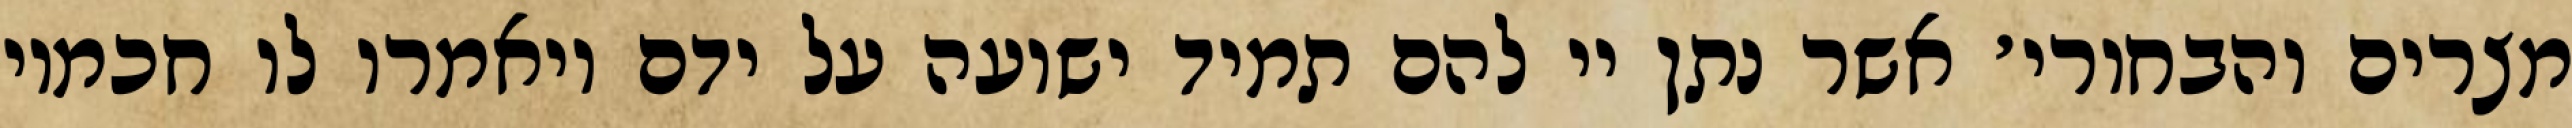
מצרים והבחורי׳ אשר נתן יי להם תמיד ישועה על ידם ויאמרו לו חכמיו